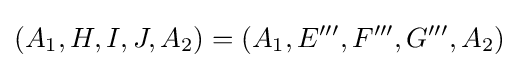
(A_{1},H,I,J,A_{2})=(A_{1},E''',F''',G''',A_{2})